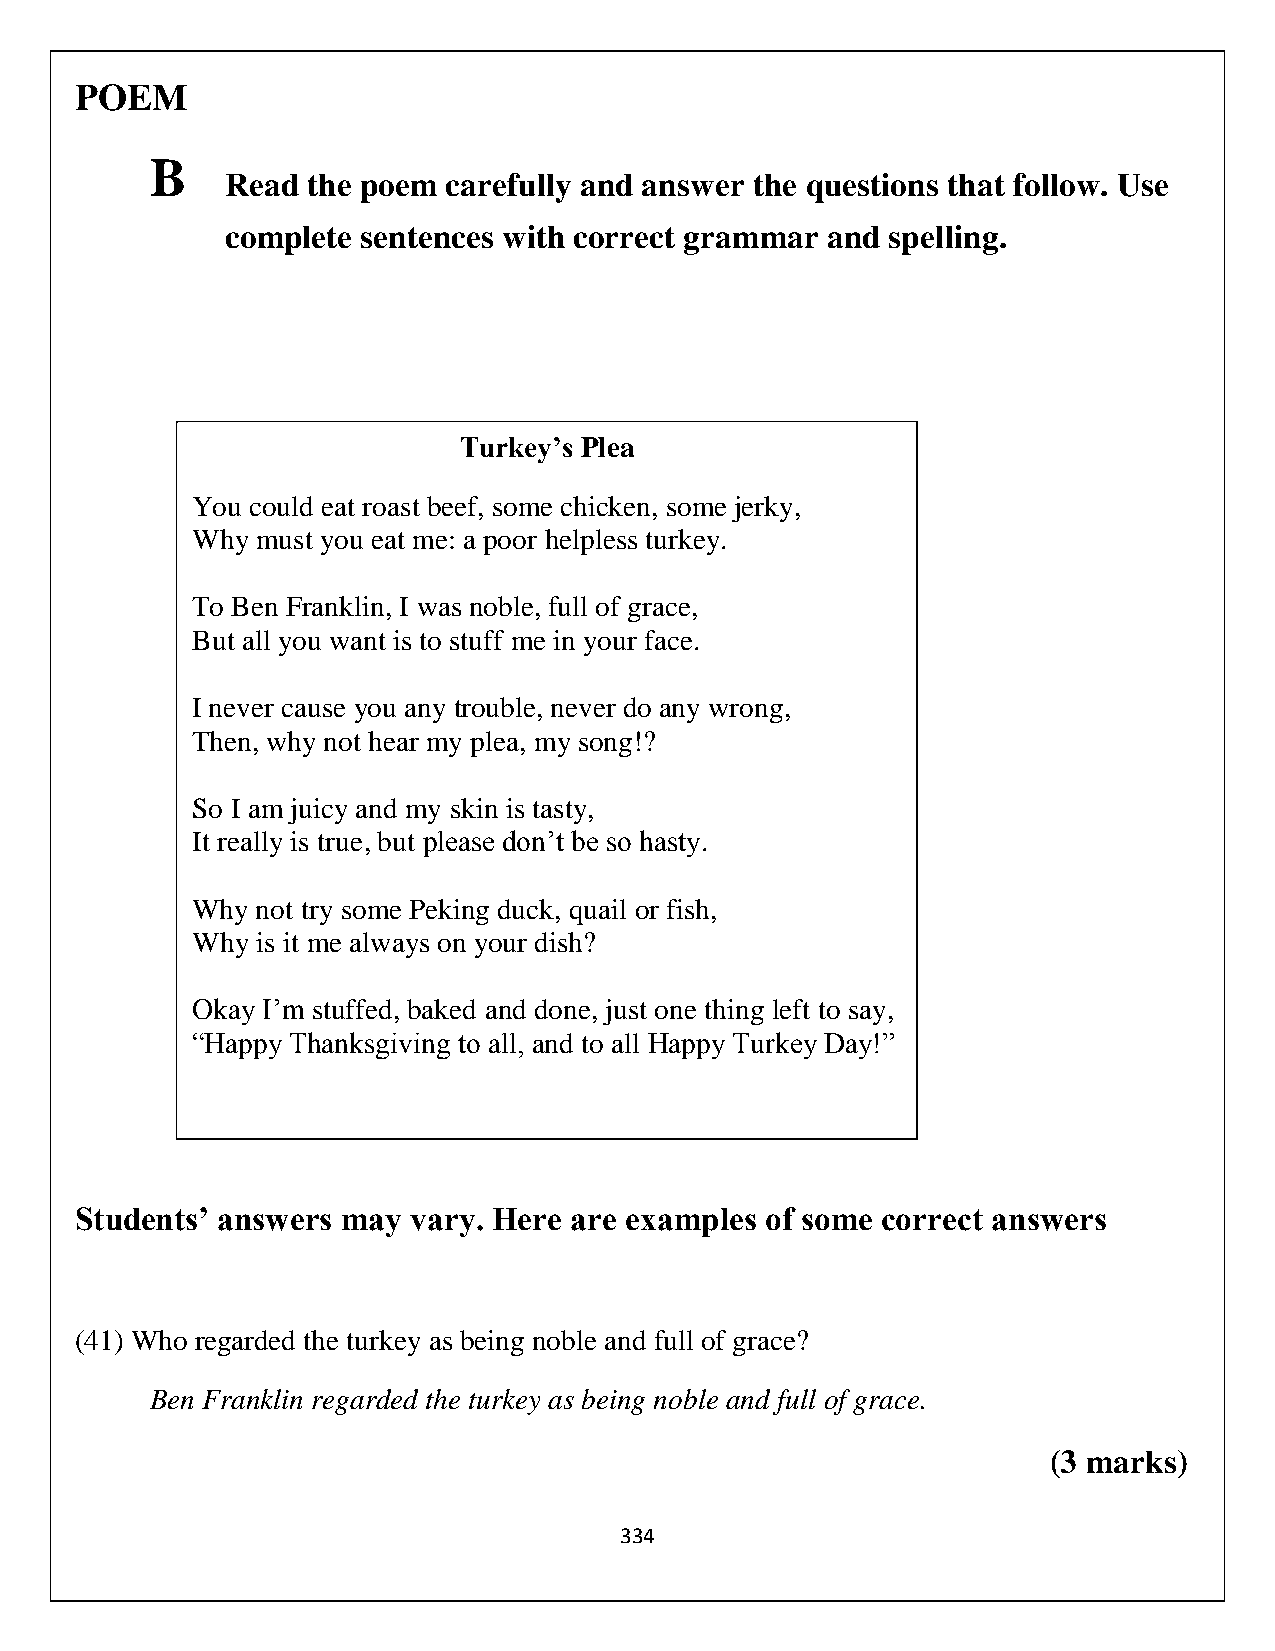
POEM
 B
 Read the poem  carefully and answer the questions that follow. Use
 complete sentences with correct grammar and spelling.
 Turkey’s Plea
 You could eat roast beef, some chicken, some jerky,
 Why must you eat me: a poor helpless turkey.
 To Ben Franklin, I was noble, full of grace,
 But all you want is to stuff me in your face.
 I never cause you any trouble, never do any wrong,
 Then, why not hear my plea, my song!?
 So I am juicy and my skin is tasty,
 It really is true, but please don’t be so hasty.
 Why not try some Peking duck, quail or fish,
 Why is it me always on your dish?
 Okay I’m stuffed, baked and done, just one thing left to say,
 “Happy Thanksgiving to all, and to all Happy Turkey Day!”
 Students’ answers may vary. Here are examples of some correct answers
 (41) Who regarded the turkey as being noble and full of grace?
 Ben Franklin regarded the turkey as being noble and full of grace.
 (3 marks)
 334